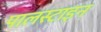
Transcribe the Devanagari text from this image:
पालस्टाइन